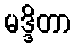
မဒ္ဒိတာ